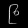
Digit: ၉